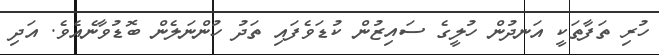
ހުރި ތަފާތަކީ އަނދުން ހުލީގެ ސައިޒުން ކުޑަވެފައި ތަދު ހުންނަލެން ބޮޑުވާނެއެވެ. އަދި